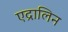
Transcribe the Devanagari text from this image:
एद्रालिन